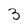
Character: 3